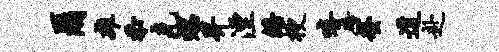
尔雄忝克螺畀湮皤梗嘻碚螯道赴